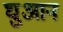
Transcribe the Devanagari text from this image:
घुआन